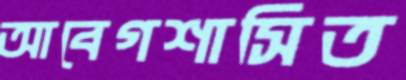
আবেগশাসিত